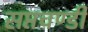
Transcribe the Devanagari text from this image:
सप्तचण्डी